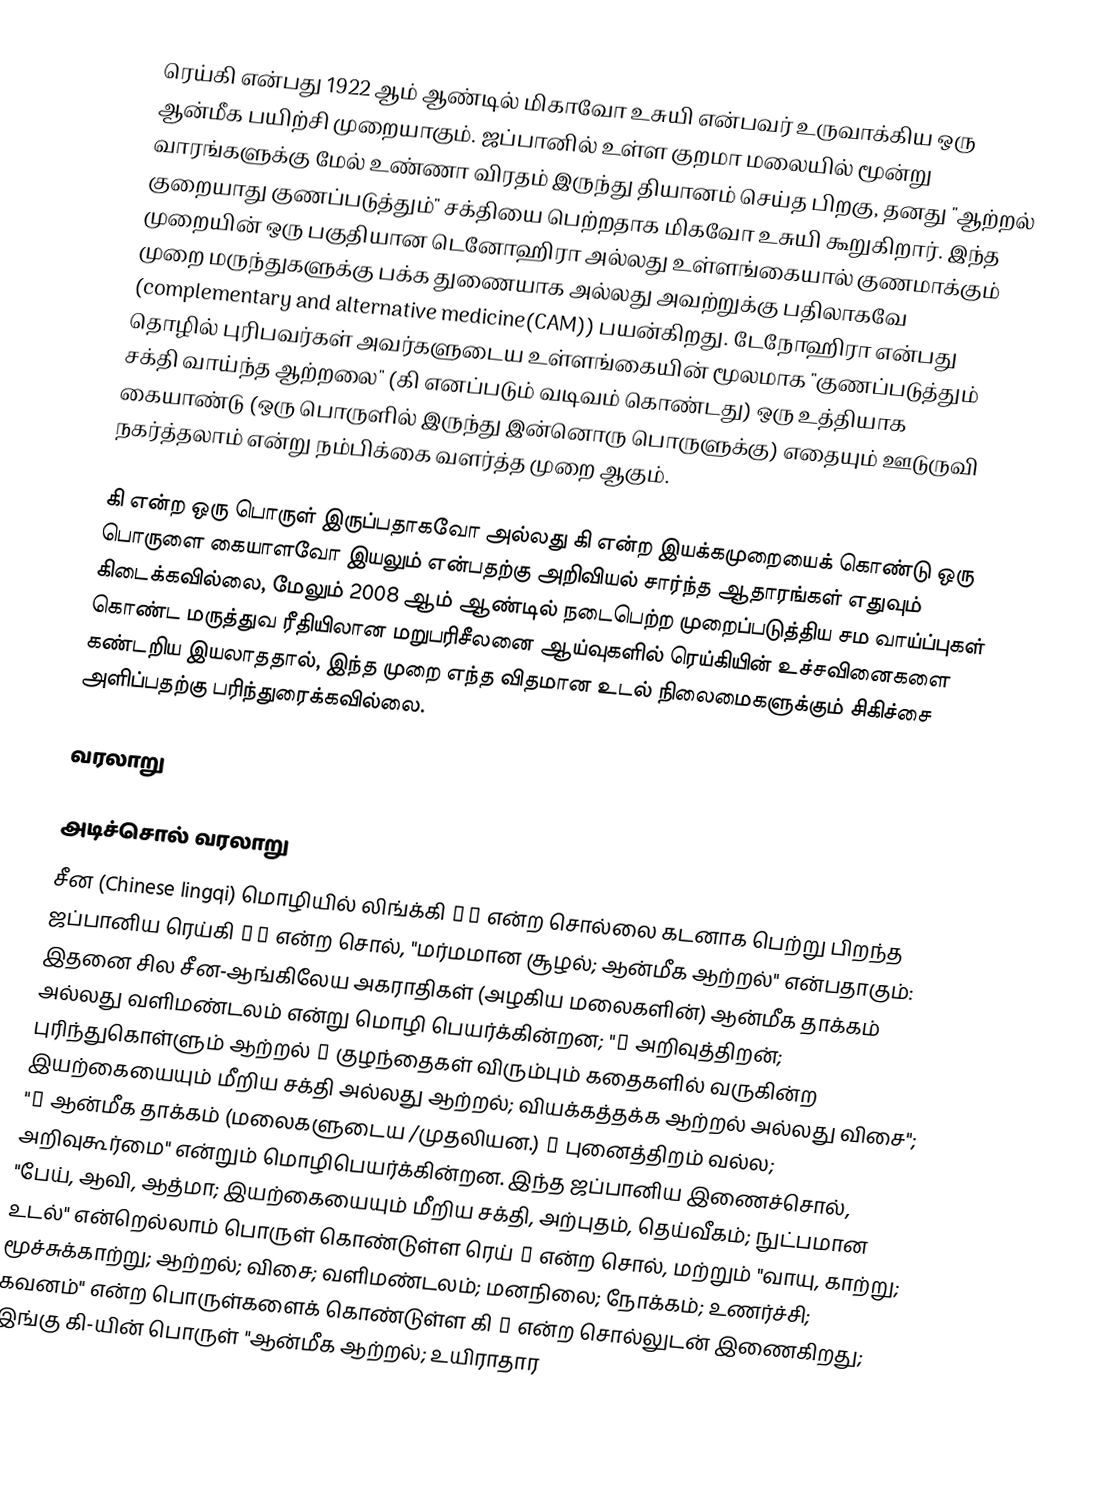
ரெய்கி  என்பது 1922 ஆம் ஆண்டில் மிகாவோ உசுயி என்பவர் உருவாக்கிய ஒரு ஆன்மீக பயிற்சி முறையாகும். ஜப்பானில் உள்ள குறமா மலையில் மூன்று வாரங்களுக்கு மேல் உண்ணா விரதம் இருந்து தியானம் செய்த பிறகு, தனது "ஆற்றல் குறையாது குணப்படுத்தும்" சக்தியை பெற்றதாக மிகவோ உசுயி கூறுகிறார். இந்த முறையின் ஒரு பகுதியான டெனோஹிரா அல்லது உள்ளங்கையால் குணமாக்கும் முறை மருந்துகளுக்கு பக்க துணையாக அல்லது அவற்றுக்கு பதிலாகவே (complementary and alternative medicine(CAM)) பயன்கிறது. டேநோஹிரா என்பது தொழில் புரிபவர்கள் அவர்களுடைய உள்ளங்கையின் மூலமாக "குணப்படுத்தும் சக்தி வாய்ந்த ஆற்றலை" (கி எனப்படும் வடிவம் கொண்டது) ஒரு உத்தியாக கையாண்டு (ஒரு பொருளில் இருந்து இன்னொரு பொருளுக்கு) எதையும் ஊடுருவி நகர்த்தலாம் என்று நம்பிக்கை வளர்த்த முறை ஆகும்.

கி என்ற ஒரு பொருள் இருப்பதாகவோ அல்லது கி என்ற இயக்கமுறையைக் கொண்டு ஒரு பொருளை கையாளவோ இயலும் என்பதற்கு அறிவியல் சார்ந்த ஆதாரங்கள் எதுவும் கிடைக்கவில்லை, மேலும் 2008 ஆம் ஆண்டில் நடைபெற்ற முறைப்படுத்திய சம வாய்ப்புகள் கொண்ட மருத்துவ ரீதியிலான மறுபரிசீலனை ஆய்வுகளில் ரெய்கியின் உச்சவினைகளை கண்டறிய இயலாததால், இந்த முறை எந்த விதமான உடல் நிலைமைகளுக்கும் சிகிச்சை அளிப்பதற்கு பரிந்துரைக்கவில்லை.

வரலாறு

அடிச்சொல் வரலாறு
சீன (Chinese lingqi) மொழியில் லிங்க்கி 靈氣 என்ற சொல்லை கடனாக பெற்று பிறந்த ஜப்பானிய ரெய்கி 霊気 என்ற சொல், "மர்மமான சூழல்; ஆன்மீக ஆற்றல்" என்பதாகும்: இதனை சில சீன-ஆங்கிலேய அகராதிகள் (அழகிய மலைகளின்) ஆன்மீக தாக்கம் அல்லது வளிமண்டலம் என்று மொழி பெயர்க்கின்றன; "① அறிவுத்திறன்; புரிந்துகொள்ளும் ஆற்றல் ② குழந்தைகள் விரும்பும் கதைகளில் வருகின்ற இயற்கையையும் மீறிய சக்தி அல்லது ஆற்றல்; வியக்கத்தக்க ஆற்றல் அல்லது விசை"; "① ஆன்மீக தாக்கம் (மலைகளுடைய /முதலியன.) ② புனைத்திறம் வல்ல; அறிவுகூர்மை" என்றும் மொழிபெயர்க்கின்றன. இந்த ஜப்பானிய இணைச்சொல், "பேய், ஆவி, ஆத்மா; இயற்கையையும் மீறிய சக்தி, அற்புதம், தெய்வீகம்; நுட்பமான உடல்" என்றெல்லாம் பொருள் கொண்டுள்ள ரெய் 霊 என்ற சொல், மற்றும் "வாயு, காற்று; மூச்சுக்காற்று; ஆற்றல்; விசை; வளிமண்டலம்; மனநிலை; நோக்கம்; உணர்ச்சி; கவனம்" என்ற பொருள்களைக் கொண்டுள்ள கி 気 என்ற சொல்லுடன் இணைகிறது; இங்கு கி-யின் பொருள் "ஆன்மீக ஆற்றல்; உயிராதார